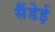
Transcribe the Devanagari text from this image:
सैंडेई